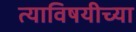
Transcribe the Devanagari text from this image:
त्याविषयीच्या